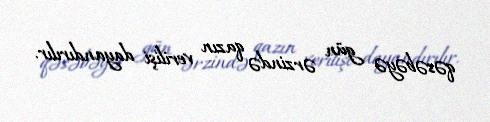
qəsəbəyə gün ərzində qazın verilişi dayandırılır.